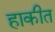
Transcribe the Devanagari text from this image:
हाकीत